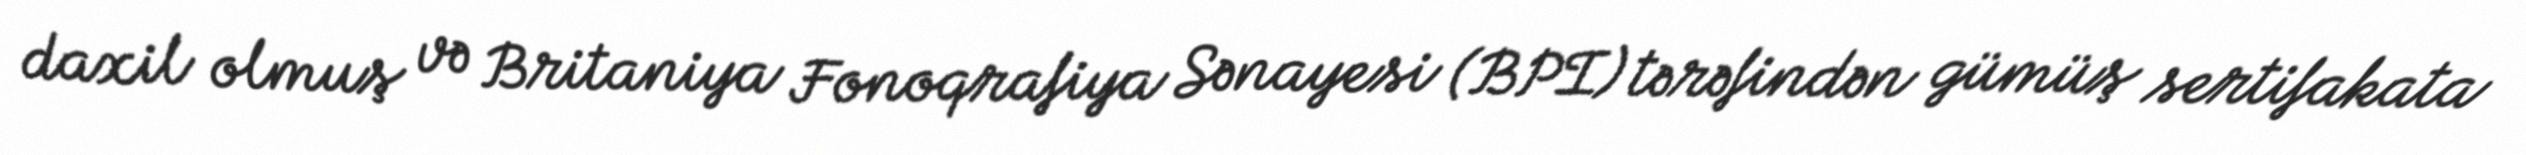
daxil olmuş və Britaniya Fonoqrafiya Sənayesi (BPI) tərəfindən gümüş sertifakata